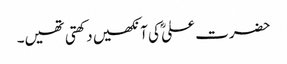
حضرت علیؓ کی آنکھیں دکھتی تھیں۔